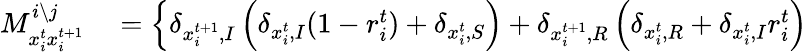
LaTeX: \begin{array}{rl}{M_{x_{i}^{t}x_{i}^{t+1}}^{i\setminus j}}&{{}=\left\{ \delta_{x_{i}^{t+1},I}\left(\delta_{x_{i}^{t},I}(1-r_{i}^{t})+\delta_{x_{i}^{t},S}\right)+\delta_{x_{i}^{t+1},R}\left(\delta_{x_{i}^{t},R}+\delta_{x_{i}^{t},I}r_{i}^{t}\right)\right.}\end{array}